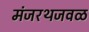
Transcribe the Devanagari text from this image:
मंजरथजवळ